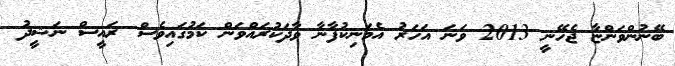
ބޭނުންވަންޏާ ޖެހޭނީ 2013 ވަނަ އަހަރު އެމަނިކުފާނާ ވާދަކުރައްވަން ކަމުގައިވެސް ރައީސް ނަޝީދު